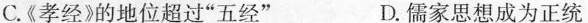
C.《孝经》的地位超过”五经” D.儒家思想成为正统